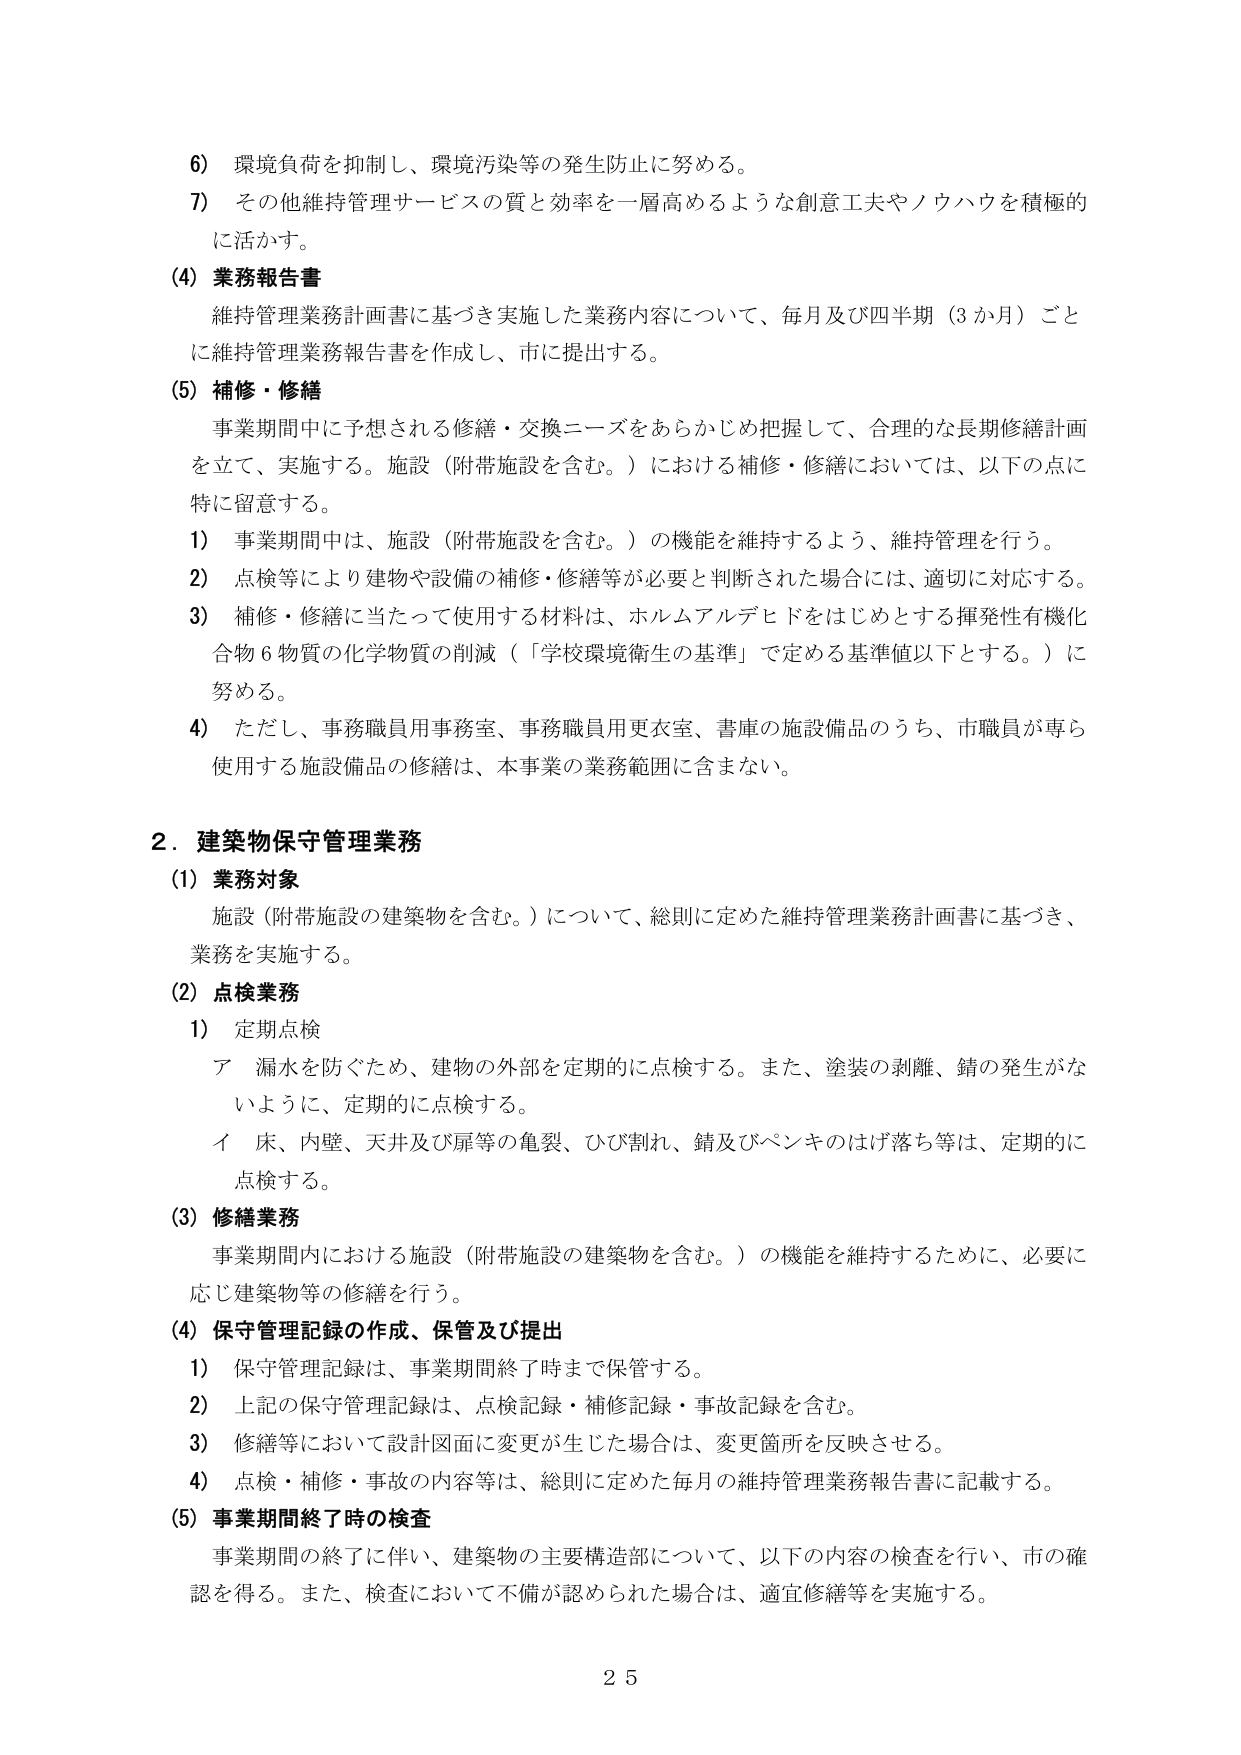
6) 環境負荷を抑制し、環境汚染等の発生防止に努める。
7) その他維持管理サービスの質と効率を一層高めるような創意工夫やノウハウを積極的に活かす。

(4) 業務報告書
維持管理業務計画書に基づき実施した業務内容について、毎月及び四半期（3か月）ごとに維持管理業務報告書を作成し、市に提出する。

(5) 補修・修繕
事業期間中に予想される修繕・交換ニーズをあらかじめ把握して、合理的な長期修繕計画を立て、実施する。施設（附帯施設を含む。）における補修・修繕においては、以下の点に特に留意する。
1) 事業期間中は、施設（附帯施設を含む。）の機能を維持するよう、維持管理を行う。
2) 点検等により建物や設備の補修・修繕等が必要と判断された場合には、適切に対応する。
3) 補修・修繕に当たって使用する材料は、ホルムアルデヒドをはじめとする揮発性有機化合物6物質の化学物質の削減（「学校環境衛生の基準」で定める基準値以下とする。）に努める。
4) ただし、事務職員用事務室、事務職員用更衣室、書庫の施設備品のうち、市職員が専ら使用する施設備品の修繕は、本事業の業務範囲に含まない。

2．建築物保守管理業務
(1) 業務対象
施設（附帯施設の建築物を含む。）について、総則に定めた維持管理業務計画書に基づき、業務を実施する。

(2) 点検業務
1) 定期点検
ア 漏水を防ぐため、建物の外部を定期的に点検する。また、塗装の剥離、錆の発生がないように、定期的に点検する。
イ 床、内壁、天井及び扉等の亀裂、ひび割れ、錆及びペンキのはげ落ち等は、定期的に点検する。

(3) 修繕業務
事業期間内における施設（附帯施設の建築物を含む。）の機能を維持するために、必要に応じ建築物等の修繕を行う。

(4) 保守管理記録の作成、保管及び提出
1) 保守管理記録は、事業期間終了時まで保管する。
2) 上記の保守管理記録は、点検記録・補修記録・事故記録を含む。
3) 修繕等において設計図面に変更が生じた場合は、変更箇所を反映させる。
4) 点検・補修・事故の内容等は、総則に定めた毎月の維持管理業務報告書に記載する。

(5) 事業期間終了時の検査
事業期間の終了に伴い、建築物の主要構造部について、以下の内容の検査を行い、市の確認を得る。また、検査において不備が認められた場合は、適宜修繕等を実施する。

25